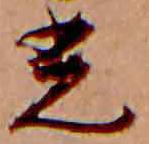
光